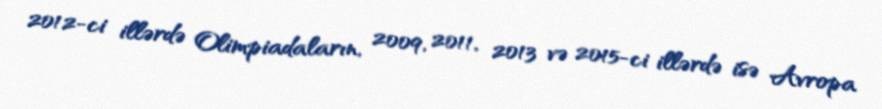
2012-ci illərdə Olimpiadaların, 2009, 2011, 2013 və 2015-ci illərdə isə Avropa